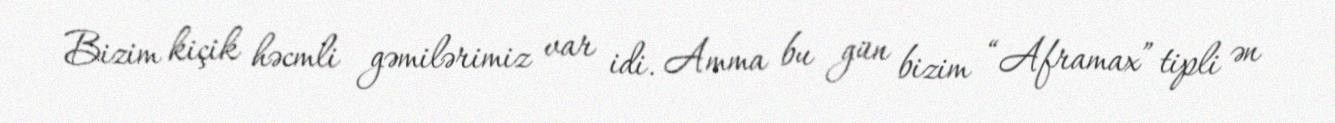
Bizim kiçik həcmli gəmilərimiz var idi. Amma bu gün bizim “Aframax” tipli ən